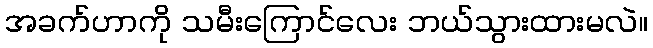
အခက်ဟာကို သမီးကြောင်လေး ဘယ်သွားထားမလဲ။